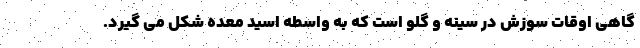
گاهی اوقات سوزش در سینه و گلو است که به واسطه اسید معده شکل می گیرد.